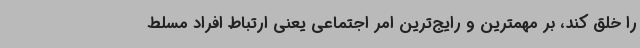
را خلق کند، بر مهمترین و رایج‌ترین امر اجتماعی یعنی ارتباط افراد مسلط